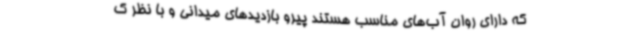
که دارای روان آب‌های مناسب هستند پیرو بازدیدهای میدانی و با نظر ک